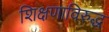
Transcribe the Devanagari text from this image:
शिक्षणाविरुद्ध